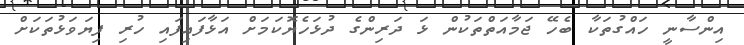
އިންސާނީ ހައްގުތަކާ ބެހޭ ޖަމާއަތްތަކުން ޅަ ދަރިންގެ ދުޅަހެޔޮކަމަށް އަޅާފައިފައި ހުރި ފިޔަވަޅުތަކަށް